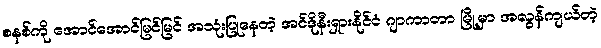
စနစ်ကို အောင်အောင်မြင်မြင် အသုံးပြုနေတဲ့ အင်ဒိုနီးရှားနိုင်ငံ ဂျာကာတာ မြို့မှာ အလွန်ကျယ်တဲ့